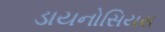
ડાયનોસિયસ